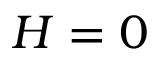
H = 0